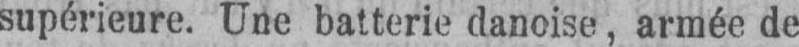
supérieure. Une batterie danoise, armée de